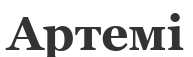
Артемі